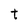
Character: t